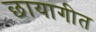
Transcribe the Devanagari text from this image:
छायागीत